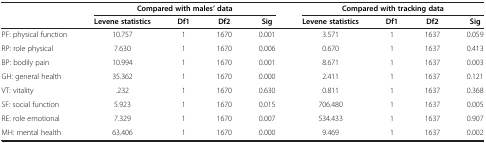
| <ROWSPAN=2>  | <COLSPAN=4> Compared with males’ data | <COLSPAN=4> Compared with tracking data |
 | Levene statistics | Df1 | Df2 | Sig | Levene statistics | Df1 | Df2 | Sig |
 | --- | --- | --- | --- | --- | --- | --- | --- | --- |
 | PF: physical function | 10.757 | 1 | 1670 | 0.001 | 3.571 | 1 | 1637 | 0.059 |
 | RP: role physical | 7.630 | 1 | 1670 | 0.006 | 0.670 | 1 | 1637 | 0.413 |
 | BP: bodily pain | 10.994 | 1 | 1670 | 0.001 | 8.671 | 1 | 1637 | 0.003 |
 | GH: general health | 35.362 | 1 | 1670 | 0.000 | 2.411 | 1 | 1637 | 0.121 |
 | VT: vitality | .232 | 1 | 1670 | 0.630 | 0.811 | 1 | 1637 | 0.368 |
 | SF: social function | 5.923 | 1 | 1670 | 0.015 | 706.480 | 1 | 1637 | 0.005 |
 | RE: role emotional | 7.329 | 1 | 1670 | 0.007 | 534.433 | 1 | 1637 | 0.907 |
 | MH: mental health | 63.406 | 1 | 1670 | 0.000 | 9.469 | 1 | 1637 | 0.002 |